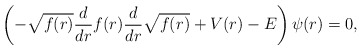
\begin{align*} \left(- \sqrt{f(r)} \frac{d}{dr} f(r) \frac{d}{dr} \sqrt{f(r)} + V(r) - E\right) \psi(r)=0, \end{align*}